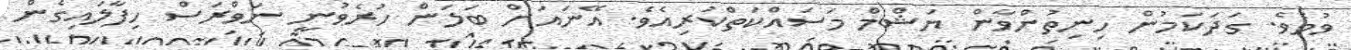
ވުމެވެ. ގަދަކަމުން ހިނިތުންވާން ޔަޝްމް މަސައްކަތްކުރިއެވެ. އޭނައަށް ބަލަން ހުރެވުނީ ނަވްރަސް ހިފާލައިގެން